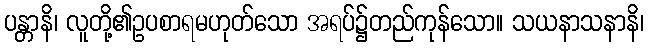
ပန္တာနိ၊ လူတို့၏ဥပစာရမဟုတ်သော အရပ်၌တည်ကုန်သော။ သယနာသနာနိ၊